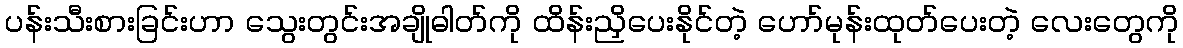
ပန်းသီးစားခြင်းဟာ သွေးတွင်းအချိုဓါတ်ကို ထိန်းညှိပေးနိုင်တဲ့ ဟော်မုန်းထုတ်ပေးတဲ့ လေးတွေကို